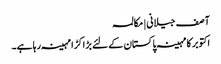
آصف جیلانی | مکالمہ
اکتوبر کا مہینہ پاکستان کے لئے بڑا کڑا مہینہ رہا ہے۔